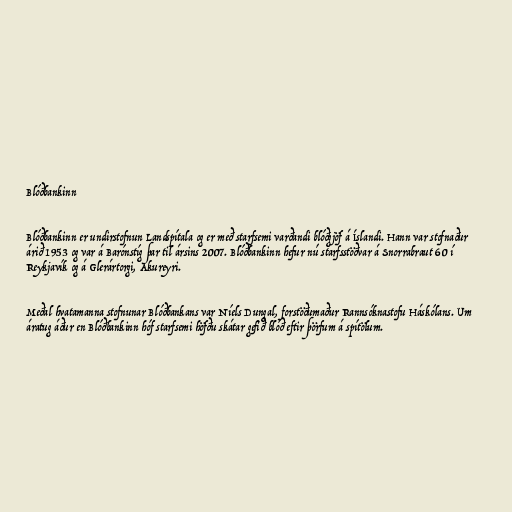
Blóðbankinn

Blóðbankinn er undirstofnun Landspítala og er með starfsemi varðandi blóðgjöf á Íslandi. Hann var stofnaður
árið 1953 og var á Barónstíg þar til ársins 2007. Blóðbankinn hefur nú starfsstöðvar á Snorrabraut 60 í
Reykjavík og á Glerártorgi, Akureyri.

Meðal hvatamanna stofnunar Blóðbankans var Níels Dungal, forstöðumaður Rannsóknastofu Háskólans. Um
áratug áður en Blóðbankinn hóf starfsemi höfðu skátar gefið blóð eftir þörfum á spítölum.